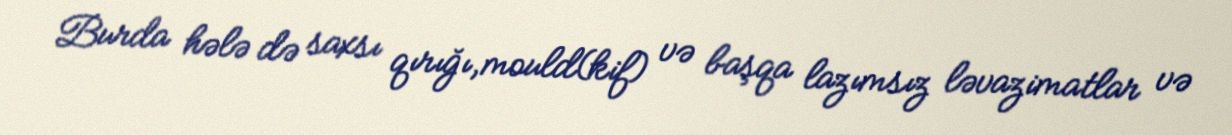
Burda hələ də saxsı qırığı,mould(kif) və başqa lazımsız ləvazimatlar və